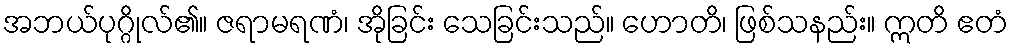
အဘယ်ပုဂ္ဂိုလ်၏။ ဇရာမရဏံ၊ အိုခြင်း သေခြင်းသည်။ ဟောတိ၊ ဖြစ်သနည်း။ ဣတိ ဧတံ